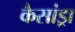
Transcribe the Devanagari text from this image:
कैसांड्रा